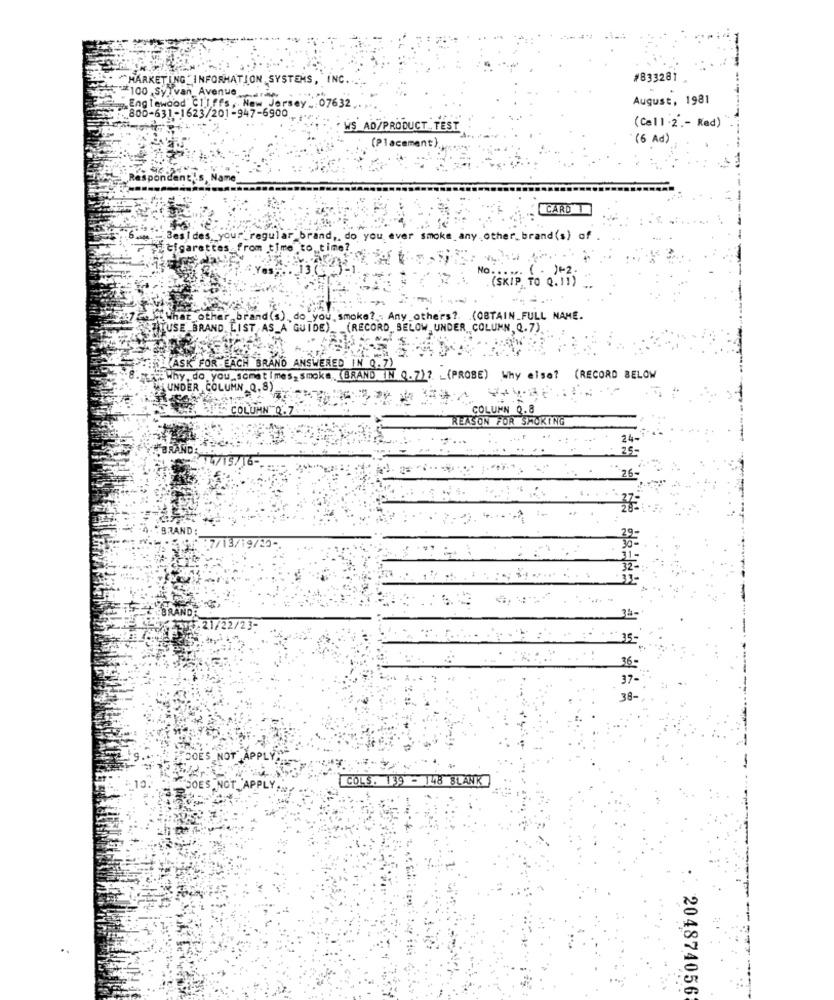
"MARKETING INFORMATION SYSTEMS, INC.
#833281
100,Sylvan_Avenuerw
August, 1981
Englewood Cliffs , New Jersey . 07632
:800-631-1623/201-947-6900
: WS AD/PRODUCT TEST
(Cell.2 .- Ked)
( 6 Ad )
(Placement),
spond
CARD
sides yo
r_regula
Ind ,, do you
e. any other_brand(s) of
Cigarettes from time to time?
Yes
(. )+2
( SKIP TO Q. 11 )
hat other brand(s) , do _you smoke? : Any_others ?. (OBTAIN_FULL NAME.
USE BRAND LIST AS_A GUIDE)_ _ (RECORD,BELOW UNDER COLUMN, Q.7)
SK FOR EACH BRANO ANSWERED IN Q.7).
Why do you_sonst !
(BRAND IN 0.7)? _ (PROBE) Why else? (RECORD BELOW
UNDER COLUMN Q. 8)
COL
COLU
1 0.8
REASON
R SMOKING
RAND
25-
26-
BRAND :
221/22/23:
37-
38-
COLS. 139 - 148 SLANK
APPL
204874056